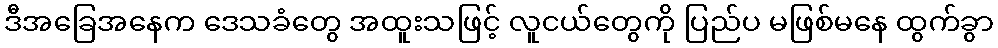
ဒီအခြေအနေက ဒေသခံတွေ အထူးသဖြင့် လူငယ်တွေကို ပြည်ပ မဖြစ်မနေ ထွက်ခွာ